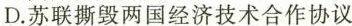
D.苏联撕毁两国经济技术合作协议